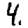
Digit: 4